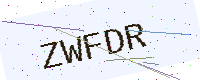
Text: ZWFDR